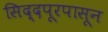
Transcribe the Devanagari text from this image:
सिद्दपूरपासून